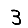
Digit: 3